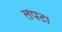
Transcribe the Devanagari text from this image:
लपटा